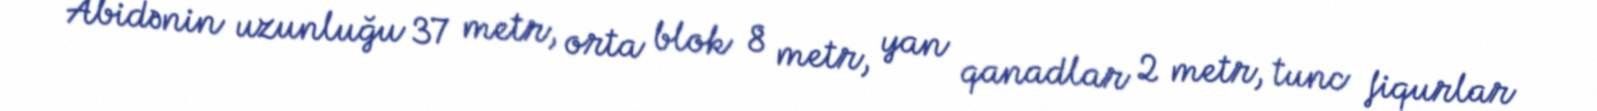
Abidənin uzunluğu 37 metr, orta blok 8 metr, yan qanadlar 2 metr, tunc fiqurlar